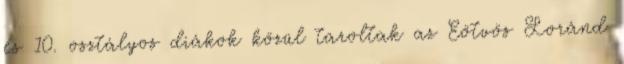
és 10. osztályos diákok közül taroltak az Eötvös Loránd